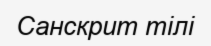
Санскрит тілі